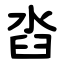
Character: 㳫